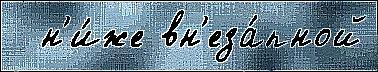
  н'и́же вн'еза́пной